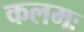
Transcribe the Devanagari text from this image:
कलमः